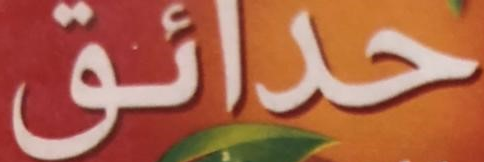
حدائق